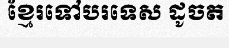
ខ្មែរទៅបរទេស ដូចត